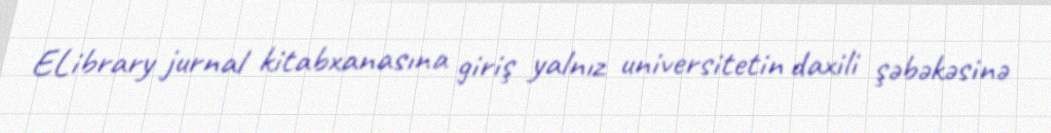
ELibrary jurnal kitabxanasına giriş yalnız universitetin daxili şəbəkəsinə